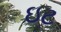
ઇટ